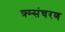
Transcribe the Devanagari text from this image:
क्र्म्संचरण